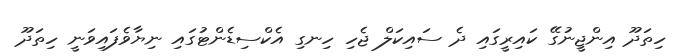
ހިތަދޫ އިންޖީނުގޭ ކައިރީގައި ދެ ސައިކަލް ޖެހި ހިނގި އެކްސިޑެންޓުގައި ނިޔާވެފައިވަނީ ހިތަދޫ